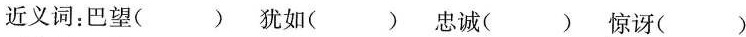
近义词：巴望( ) 犹如( ) 忠诚( ) 惊讶( )